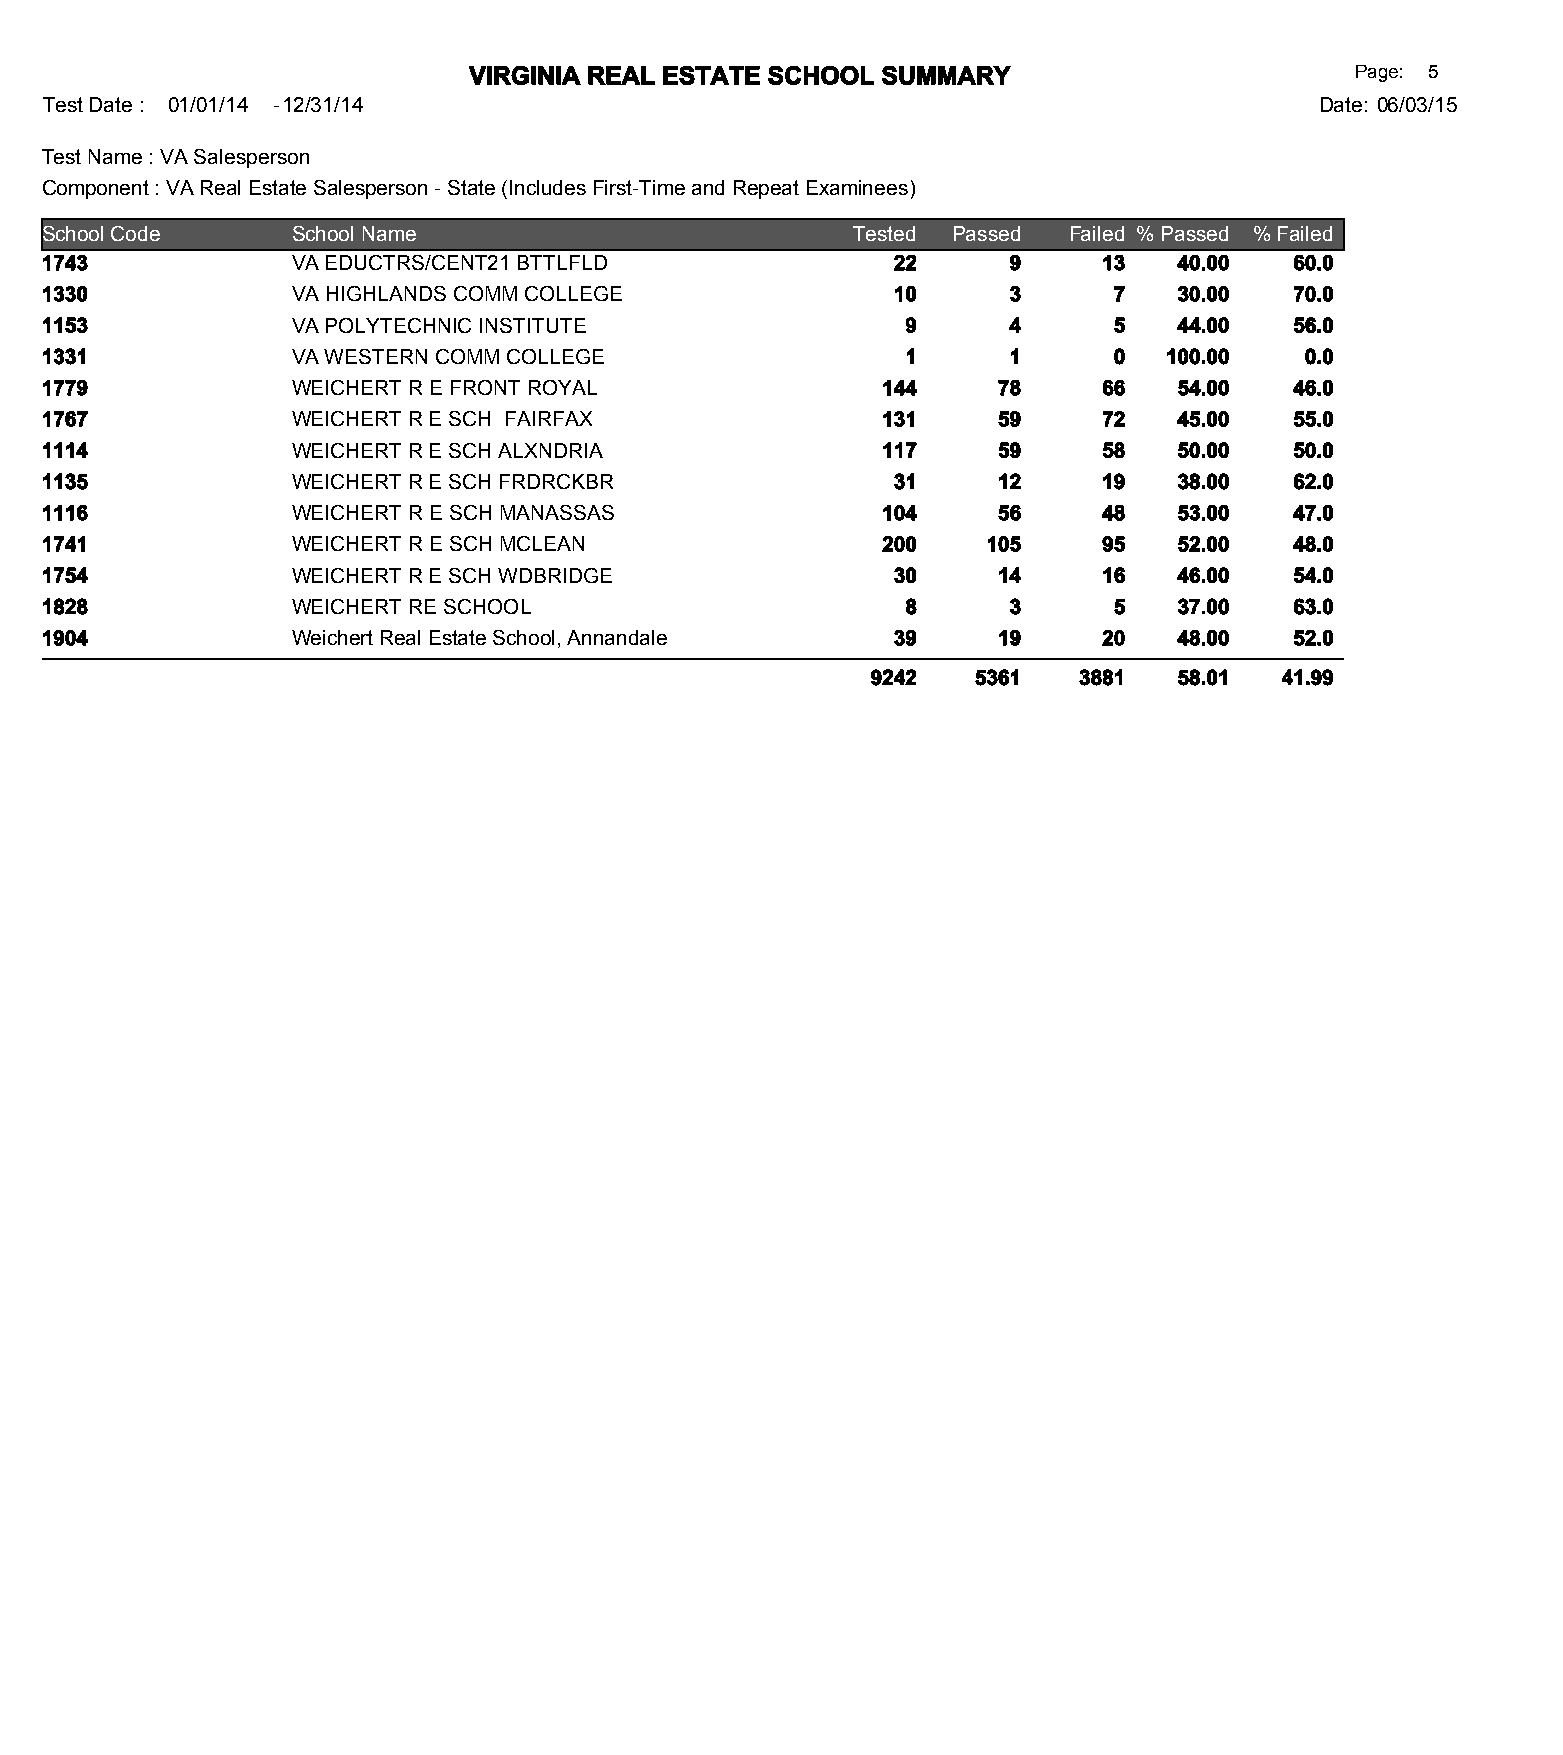
VIRGINIA REAL ESTATE SCHOOL SUMMARY                        Page: 5
 Test Date : 01/01/14 -12/31/14                                                      Date: 06/03/15
 Test Name : VA Salesperson
 Component : VA Real Estate Salesperson - State (Includes First-Time and Repeat Examinees)
 School Code     School Name                          Tested Passed  Failed % Passed % Failed
 1743            VA EDUCTRS/CENT21 BTTLFLD               22      9     13   40.00   60.0
 1330            VA HIGHLANDS COMM COLLEGE               10      3      7   30.00   70.0
 1153            VA POLYTECHNIC INSTITUTE                 9      4      5   44.00   56.0
 1331            VA WESTERN COMM COLLEGE                  1      1      0  100.00   0.0
 1779            WEICHERT R E FRONT ROYAL               144     78     66   54.00   46.0
 1767            WEICHERT R E SCH FAIRFAX               131     59     72   45.00   55.0
 1114            WEICHERT R E SCH ALXNDRIA              117     59     58   50.00   50.0
 1135            WEICHERT R E SCH FRDRCKBR               31     12     19   38.00   62.0
 1116            WEICHERT R E SCH MANASSAS              104     56     48   53.00   47.0
 1741            WEICHERT R E SCH MCLEAN                200    105     95   52.00   48.0
 1754            WEICHERT R E SCH WDBRIDGE               30     14     16   46.00   54.0
 1828            WEICHERT RE SCHOOL                       8      3      5   37.00   63.0
 1904            Weichert Real Estate School, Annandale  39     19     20   48.00   52.0
 9242   5361  3881   58.01  41.99